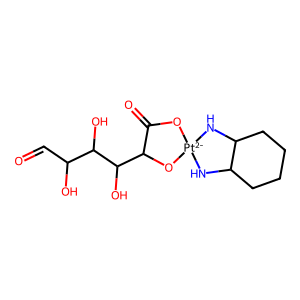
SMILES: O=CC(O)C(O)C(O)C1O[Pt-2]2(NC3CCCCC3N2)OC1=O
Inhibits HIV replication: No